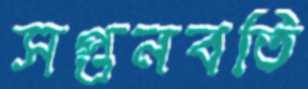
সপ্তনবতি